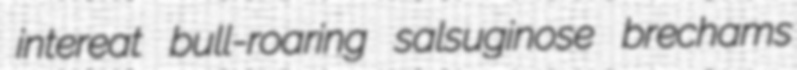
intereat bull-roaring salsuginose brechams